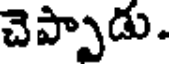
చెప్పాడు.